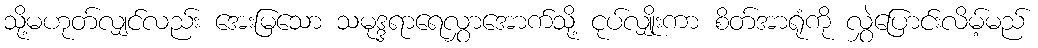
သို့မဟုတ်လျှင်လည်း အေးမြသော သမုဒ္ဒရာရေလွှာအောက်သို့ ငုပ်လျှိုးကာ စိတ်အာရုံကို လွှဲပြောင်းလိမ့်မည်